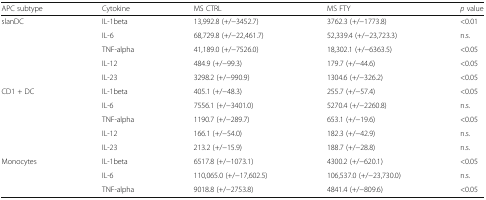
<table><thead><tr><td><b>APC subtype</b></td><td><b>Cytokine</b></td><td><b>MS CTRL</b></td><td><b>MS FTY</b></td><td><b><i>p</i> value</b></td></tr></thead><tbody><tr><td>slanDC</td><td>IL-1beta</td><td>13,992.8 (+/−3452.7)</td><td>3762.3 (+/−1773.8)</td><td>&lt;0.01</td></tr><tr><td></td><td>IL-6</td><td>68,729.8 (+/−22,461.7)</td><td>52,339.4 (+/−23,723.3)</td><td>n.s.</td></tr><tr><td></td><td>TNF-alpha</td><td>41,189.0 (+/−7526.0)</td><td>18,302.1 (+/−6363.5)</td><td>&lt;0.05</td></tr><tr><td></td><td>IL-12</td><td>484.9 (+/−99.3)</td><td>179.7 (+/−44.6)</td><td>&lt;0.05</td></tr><tr><td></td><td>IL-23</td><td>3298.2 (+/−990.9)</td><td>1304.6 (+/−326.2)</td><td>&lt;0.05</td></tr><tr><td>CD1 + DC</td><td>IL-1beta</td><td>405.1 (+/−48.3)</td><td>255.7 (+/−57.4)</td><td>&lt;0.05</td></tr><tr><td></td><td>IL-6</td><td>7556.1 (+/−3401.0)</td><td>5270.4 (+/−2260.8)</td><td>n.s.</td></tr><tr><td></td><td>TNF-alpha</td><td>1190.7 (+/−289.7)</td><td>653.1 (+/−19.6)</td><td>&lt;0.05</td></tr><tr><td></td><td>IL-12</td><td>166.1 (+/−54.0)</td><td>182.3 (+/−42.9)</td><td>n.s.</td></tr><tr><td></td><td>IL-23</td><td>213.2 (+/−15.9)</td><td>188.7 (+/−28.8)</td><td>n.s.</td></tr><tr><td>Monocytes</td><td>IL-1beta</td><td>6517.8 (+/−1073.1)</td><td>4300.2 (+/−620.1)</td><td>&lt;0.05</td></tr><tr><td></td><td>IL-6</td><td>110,065.0 (+/−17,602.5)</td><td>106,537.0 (+/−23,730.0)</td><td>n.s.</td></tr><tr><td></td><td>TNF-alpha</td><td>9018.8 (+/−2753.8)</td><td>4841.4 (+/−809.6)</td><td>&lt;0.05</td></tr></tbody></table>